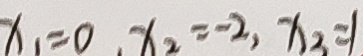
x _ { 1 } = 0 , x _ { 2 } = - 2 , x _ { 2 } = 1